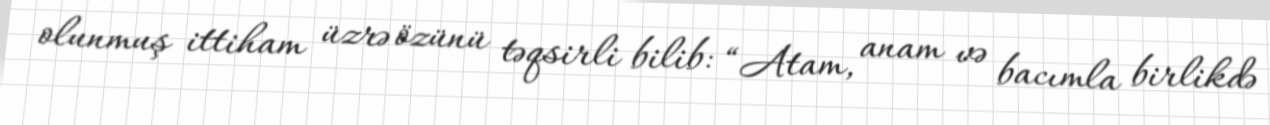
olunmuş ittiham üzrə özünü təqsirli bilib: “Atam, anam və bacımla birlikdə